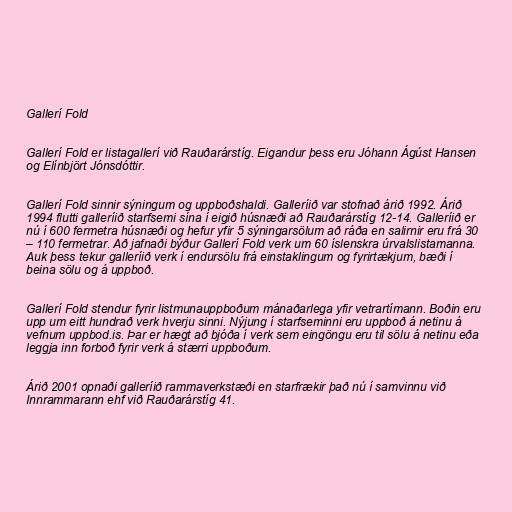
Gallerí Fold

Gallerí Fold er listagallerí við Rauðarárstíg. Eigandur þess eru Jóhann Ágúst Hansen
og Elínbjört Jónsdóttir.

Gallerí Fold sinnir sýningum og uppboðshaldi. Galleríið var stofnað árið 1992. Árið
1994 flutti galleríið starfsemi sína í eigið húsnæði að Rauðarárstíg 12-14. Galleríið er
nú í 600 fermetra húsnæði og hefur yfir 5 sýningarsölum að ráða en salirnir eru frá 30
– 110 fermetrar. Að jafnaði býður Gallerí Fold verk um 60 íslenskra úrvalslistamanna.
Auk þess tekur galleríið verk í endursölu frá einstaklingum og fyrirtækjum, bæði í
beina sölu og á uppboð.

Gallerí Fold stendur fyrir listmunauppboðum mánaðarlega yfir vetrartímann. Boðin eru
upp um eitt hundrað verk hverju sinni. Nýjung í starfseminni eru uppboð á netinu á
vefnum uppbod.is. Þar er hægt að bjóða í verk sem eingöngu eru til sölu á netinu eða
leggja inn forboð fyrir verk á stærri uppboðum.

Árið 2001 opnaði galleríið rammaverkstæði en starfrækir það nú í samvinnu við
Innrammarann ehf við Rauðarárstíg 41.